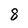
Character: 8